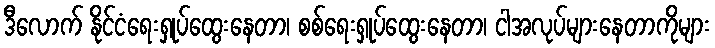
ဒီလောက် နိုင်ငံရေးရှုပ်ထွေးနေတာ၊ စစ်ရေးရှုပ်ထွေးနေတာ၊ ငါအလုပ်များနေတာကိုများ